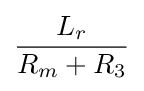
{\frac {L_{r}}{R_{m}+R_{3}}}